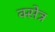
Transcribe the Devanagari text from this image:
क्सेत्र